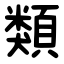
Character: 類